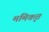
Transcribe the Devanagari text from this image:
ममिकृत